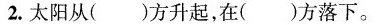
2.太阳从()方升起，在()方落下。